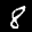
Label: 8